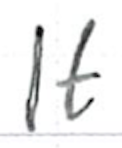
Text: It
Cross-out: clean
Writing tool: ballpoint